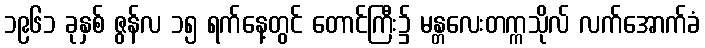
၁၉၆၁ ခုနှစ် ဇွန်လ ၁၅ ရက်နေ့တွင် တောင်ကြီး၌ မန္တလေးတက္ကသိုလ် လက်အောက်ခံ